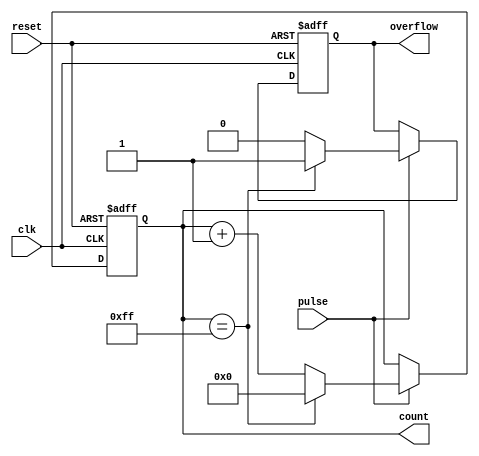
module pulse_counter (
    input wire clk,                // Clock signal
    input wire pulse,              // Pulse input signal
    input wire reset,              // Reset signal
    output reg [N-1:0] count,      // Current count output
    output reg overflow            // Overflow flag output
);
    parameter N = 8;               // Bit width of the counter (8 bits)

    // Synchronous reset and counting logic
    always @(posedge clk or posedge reset) begin
        if (reset) begin
            count <= 0;            // Reset count to 0
            overflow <= 0;         // Clear overflow flag
        end else if (pulse) begin
            if (count == (2**N - 1)) begin
                count <= 0;        // Wrap around to 0 if max count is reached
                overflow <= 1;     // Set overflow flag
            end else begin
                count <= count + 1; // Increment count
                overflow <= 0;      // Clear overflow flag
            end
        end
    end

endmodule